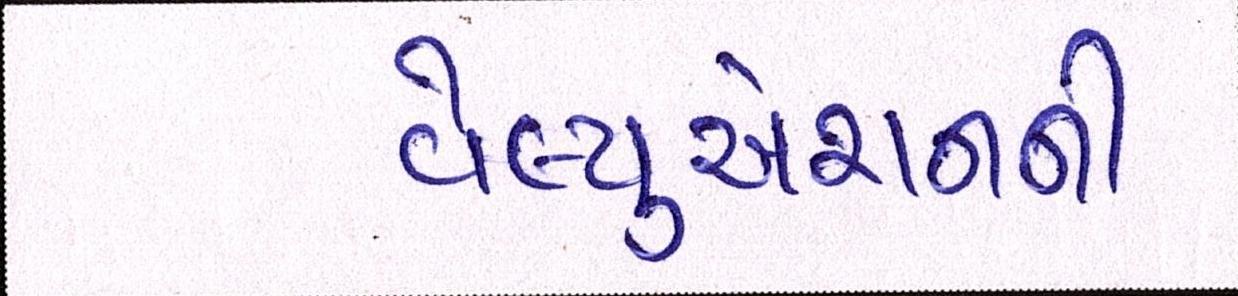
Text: વેલ્યુએશનની